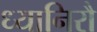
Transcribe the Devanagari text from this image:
ध्यानिरौ